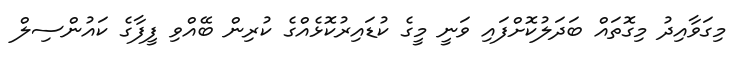
މިގަވާއިދު މިގޮތައް ބަދަލުކޮށްފައި ވަނީ މީގެ ކުޑައިރުކޮޅެއްގެ ކުރިން ބޭއްވި ފީފާގެ ކައުންސިލް